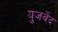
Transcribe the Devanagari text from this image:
युजर्वेद